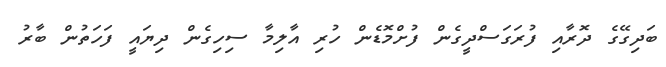
ބަދިގޭގެ ދޮރާއި ފުރަގަސްދީގެން ފުށްމޮޑެން ހުރި އާލިމާ ސިހިގެން ދިޔައީ ފަހަތުން ބާރު